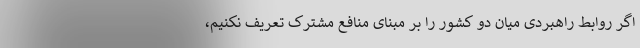
اگر روابط راهبردی میان دو کشور را بر مبنای منافع مشترک تعریف نکنیم،